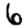
Digit: 6